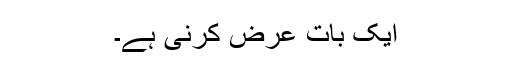
ایک بات عرض کرنی ہے۔